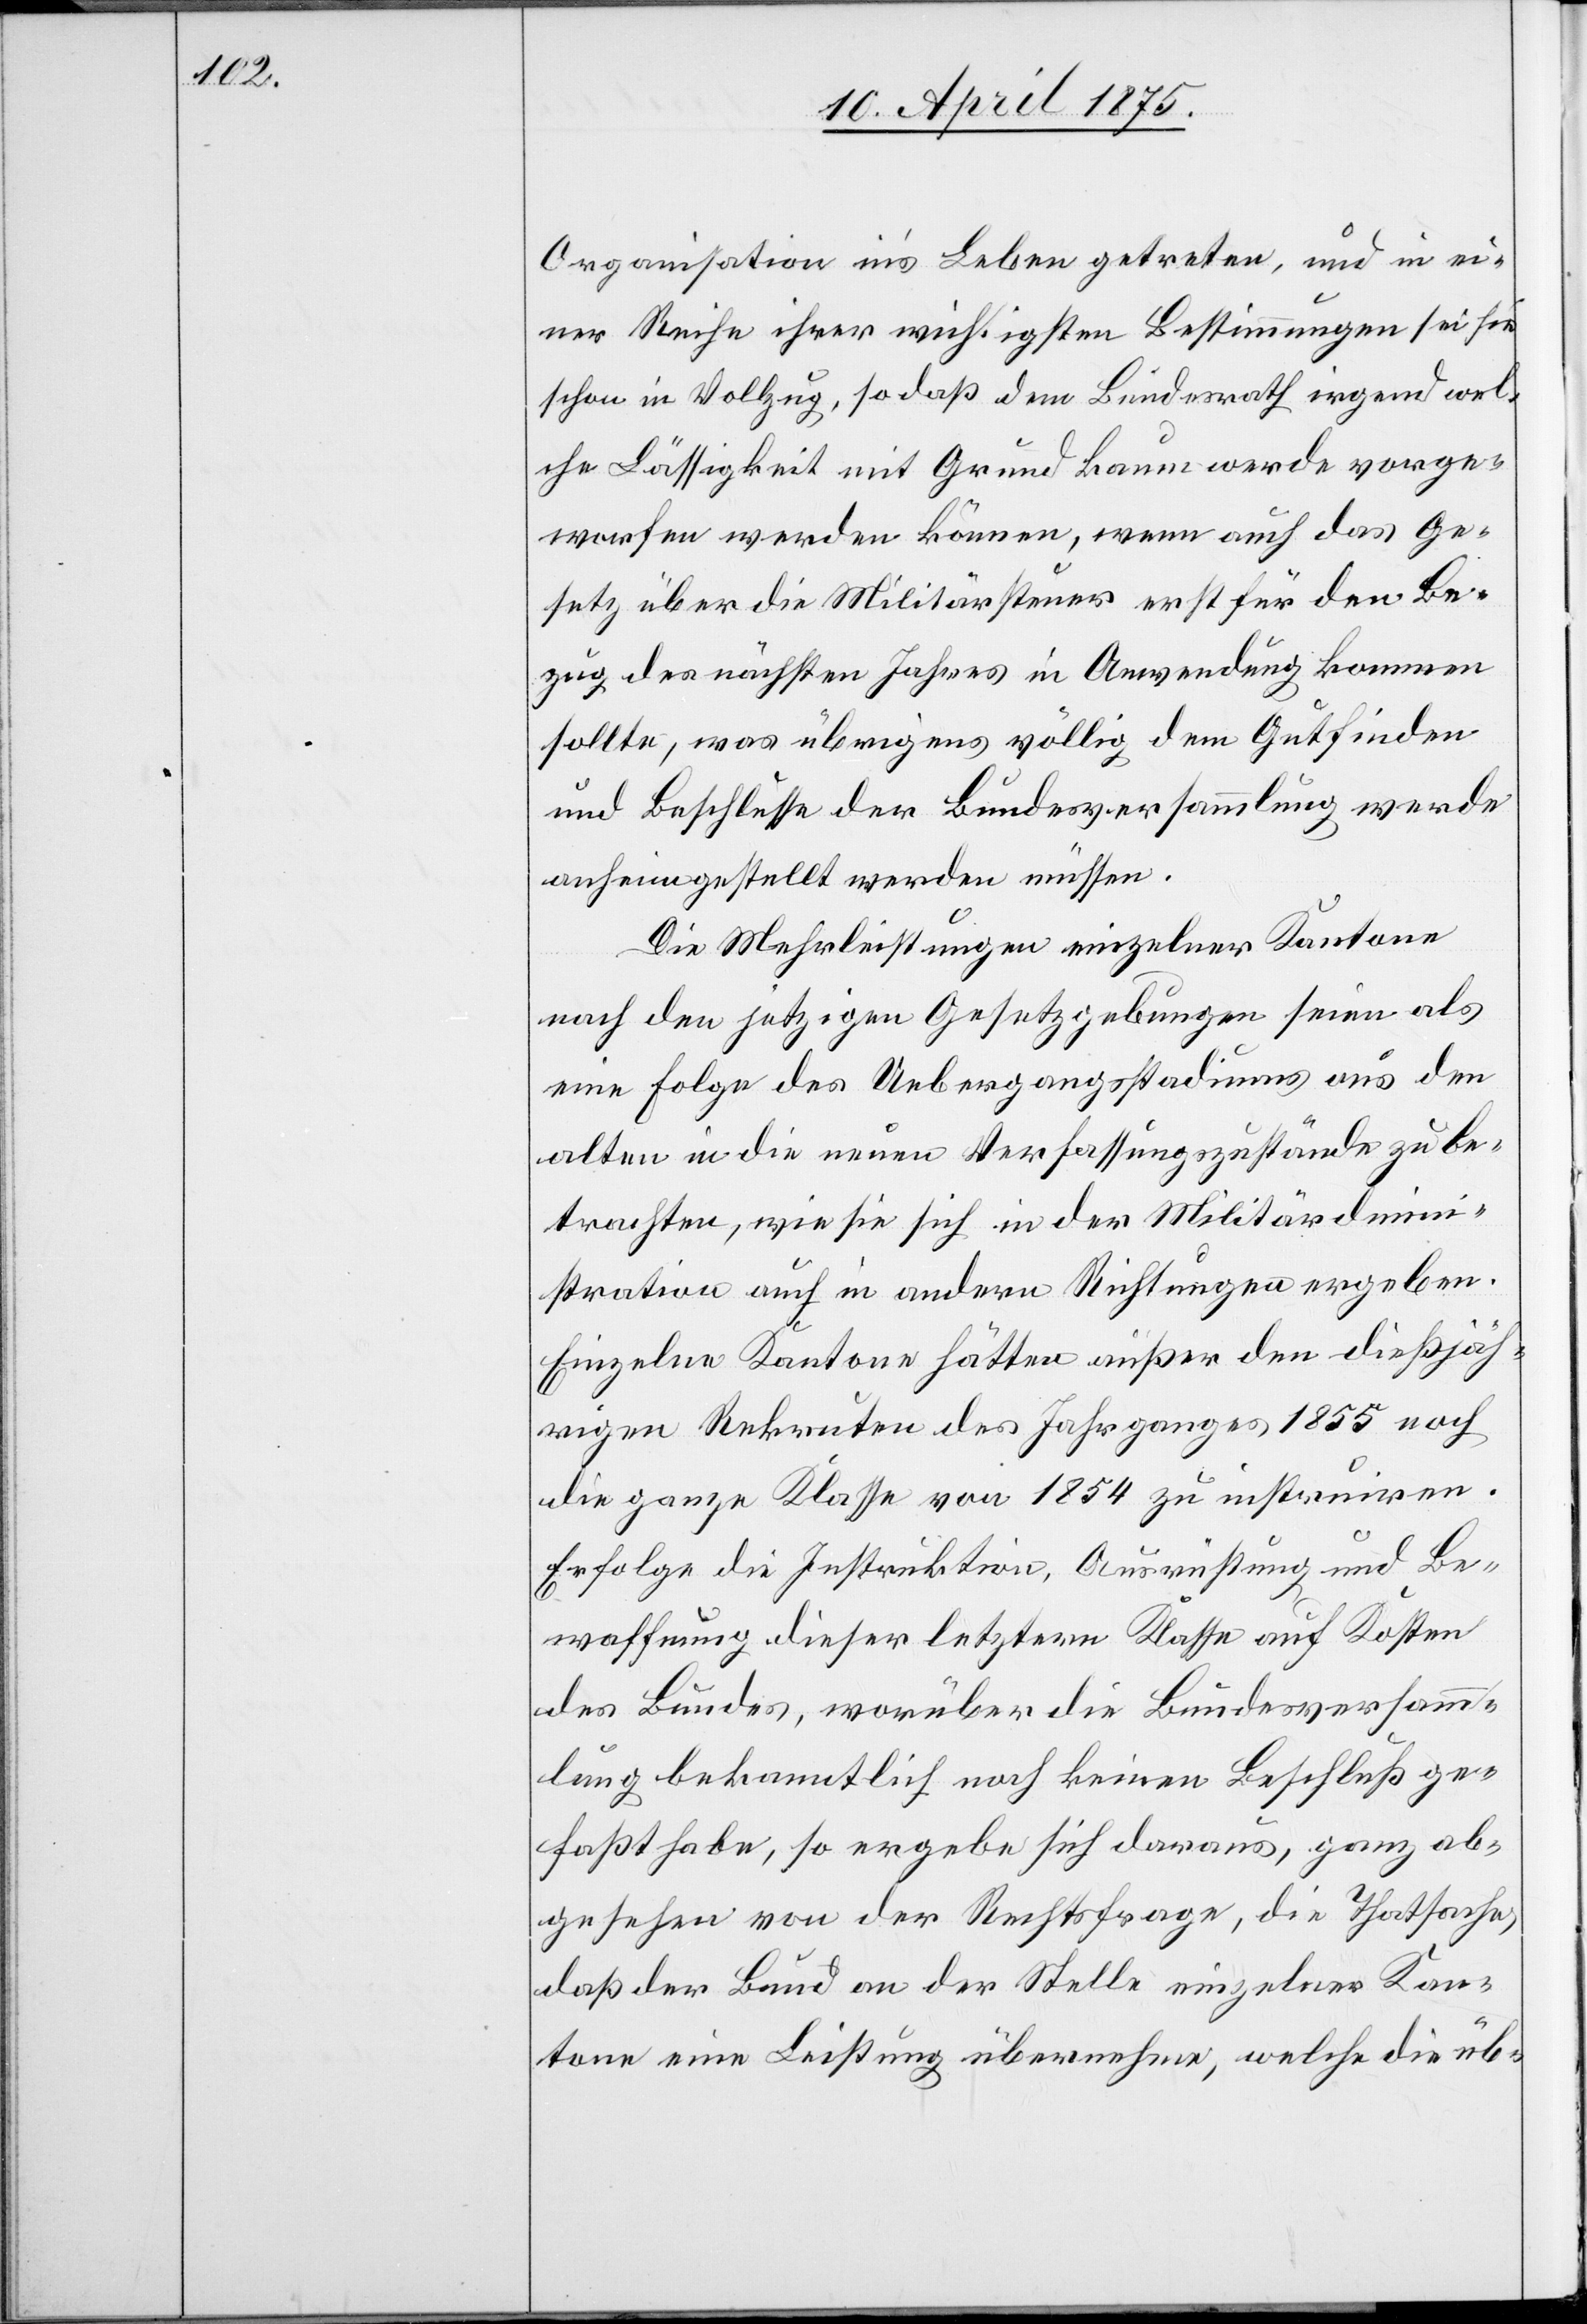
Organisation in’s Leben getreten, und in ei¬
ner Reihe ihrer wichtigsten Bestimmungen sei sie
schon im Vollzug, so daß dem Bundesrath irgendwel¬
che Lässigkeit mit Grund kaum werde vorge¬
worfen werden können, wenn auch das Ge¬
setz über die Militärsteuer erst für den Be¬
zug des nächsten Jahres in Anwendung kommen
sollte, was übrigens völlig dem Gutfinden
und Beschlusse der Bundesversammlung werde
anheimgestellt werden müssen.
Die Mehrleistungen einzelner Kantone
nach den jetzigen Gesetzgebungen seien als
eine Folge des Uebergangsstadiums aus den
alten in die neuen Verfassungszustände zu be¬
trachten, wie sie sich in der Militär[a]dmin¬
istration auch in andern Richtungen ergeben.
Einzelne Kantone hätten außer den dießjäh¬
rigen Rekruten des Jahrganges 1855 noch
die ganze Klasse von 1854 zu instruiren.
Erfolge die Instruktion, Ausrüstung und Be¬
waffnung dieser letztern Klasse auf Kosten
des Bundes, worüber die Bundesversamm¬
lung bekanntlich noch keinen Beschluß ge¬
faßt habe, so ergebe sich daraus, ganz ab¬
gesehen von der Rechtsfrage, die Thatsache,
daß der Bund an der Stelle einzelner Kan¬
tone eine Leistung übernehme, welche die üb-